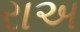
રાઅ